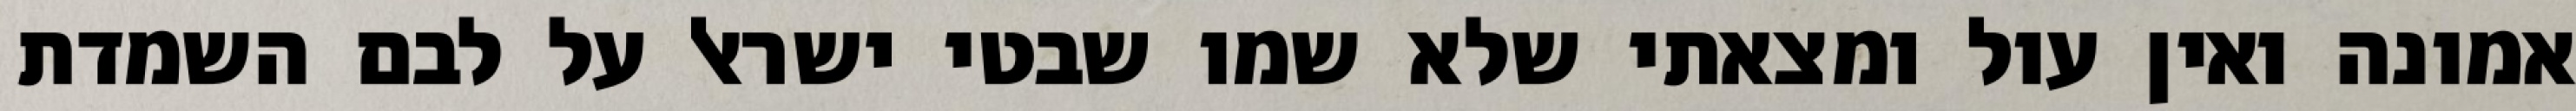
אמונה ואין עול ומצאתי שלא שמו שבטי ישראל על לבם השמדת